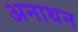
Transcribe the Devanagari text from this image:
अनाथन